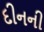
દીનની